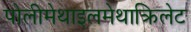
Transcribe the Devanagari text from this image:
पोलीमेथाइलमेथाक्रिलेट